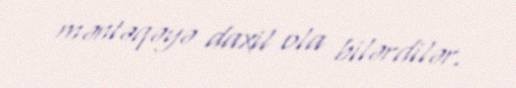
məntəqəyə daxil ola bilərdilər.